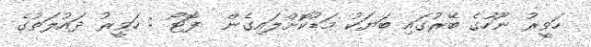
ހަވީރު ނޫހުގެ ބޭރުގައި ބަޔަކު މަޑުކޮށްލައިގެން  ފޮޓޯ : ހަވީރު ދައުލަތުގެ